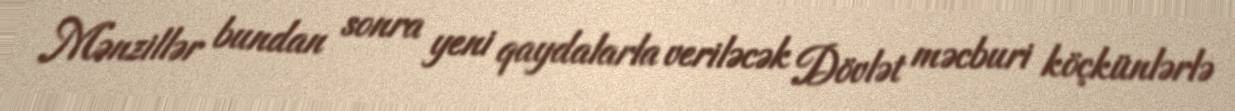
Mənzillər bundan sonra yeni qaydalarla veriləcək Dövlət məcburi köçkünlərlə